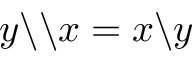
y \backslash \backslash x = x \backslash y